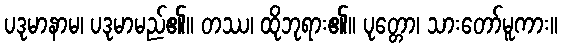
ပဒုမာနာမ၊ ပဒုမာမည်၏။ တဿ၊ ထိုဘုရား၏။ ပုတ္တော၊ သားတော်မူကား။